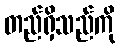
တည်ရှိသည်ကို